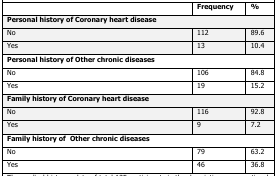
|  | Frequency | % |
 | --- | --- | --- |
 | <COLSPAN=3> Personal history of Coronary heart disease |
 | No | 112 | 89.6 |
 | Yes | 13 | 10.4 |
 | <COLSPAN=3> Personal history of Other chronic diseases |
 | No | 106 | 84.8 |
 | Yes | 19 | 15.2 |
 | <COLSPAN=3> Family history of Coronary heart disease |
 | No | 116 | 92.8 |
 | Yes | 9 | 7.2 |
 | <COLSPAN=3> Family history of Other chronic diseases |
 | No | 79 | 63.2 |
 | Yes | 46 | 36.8 |